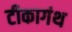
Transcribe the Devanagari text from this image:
टीकागंथ